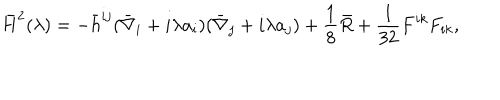
LaTeX: \bar { H } ^ { 2 } ( \lambda ) = - \bar { h } ^ { i j } ( \bar { \nabla } _ { i } + i \lambda a _ { i } ) ( \bar { \nabla } _ { j } + i \lambda a _ { j } ) + \frac 1 8 \bar { R } + { \frac { 1 } { 3 2 } } F ^ { i k } F _ { i k } ,